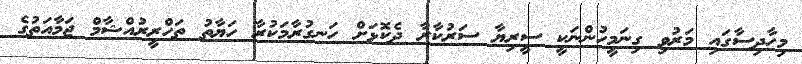
މިހާދިސާގައި މަރުވި ގިނަމީހުންނަކީ ސީރިޔާ ސަރުކާރާ ދެކޮޅަށް ހަނގުރާމަކުރާ ހަޔާތު ތަހްރީރުއްޝާމް ޖަމާއަތުގެ